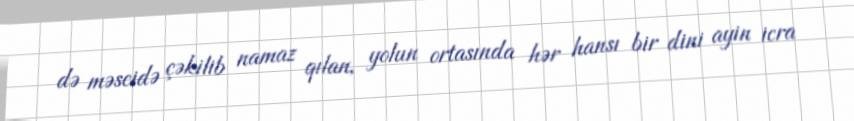
də məscidə çəkilib namaz qılan, yolun ortasında hər hansı bir dini ayin icra